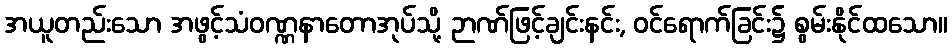
အယူတည်းသော အဖွင့်သံဝဏ္ဏနာတောအုပ်သို့ ဉာဏ်ဖြင့်ချင်းနင်း, ဝင်ရောက်ခြင်း၌ စွမ်းနိုင်ထသော။